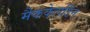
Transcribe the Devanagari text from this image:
मैककेलडिन